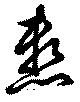
懸